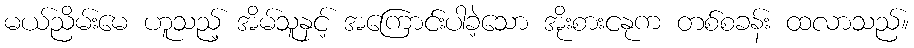
မယ်ညိမ်းမေ ဟူသည့် အိမ်သူနှင့် အကြောင်းပါခဲ့သော အိုးစားငနုက တစ်စခန်း ထလာသည်။